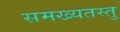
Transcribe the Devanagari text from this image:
समख्यतस्तु